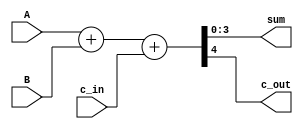
module binary_adder(sum, c_out, A, B, c_in);
output [3:0] sum;
output c_out;
input [3:0] A, B;
input c_in;
assign {c_out, sum} = A + B + c_in;
endmodule

//     [3] [2] [1] [0]
//c_in  1   1   1   0
//a     1   0   1   1
//b     1   1   0   1
//   ----------------- 
//  1   1   0   0   0
//c_out sum